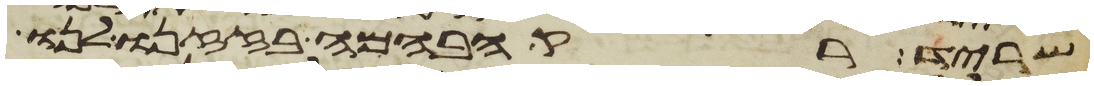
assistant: שריד רק הבהמה בזזנו לנו